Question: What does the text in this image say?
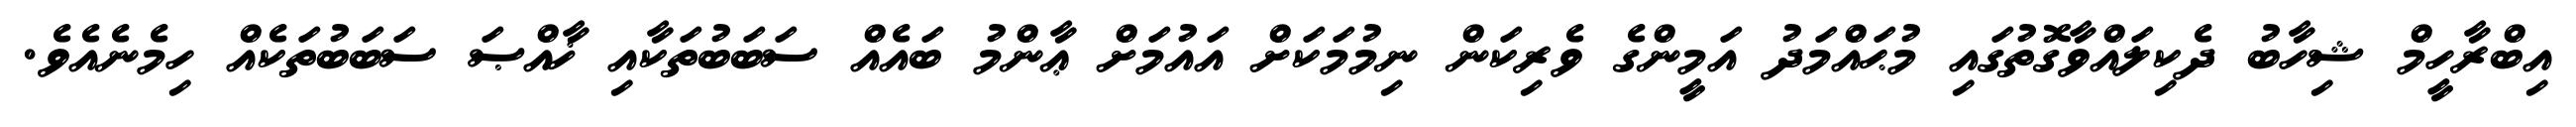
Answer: އިބްރާހީމް ޝިހާބު ދެކިލައްވާގޮތުގައި މުޙައްމަދު އަމީންގެ ވެރިކަން ނިމުމަކަށް އައުމަށް ޢާންމު ބައެއް ސަބަބުތަކާއި ޚާއްޞަ ސަބަބުތަކެއް ހިމެނެއެވެ.